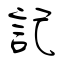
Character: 記